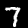
Digit: 7